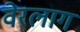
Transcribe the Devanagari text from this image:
वेरलाग